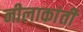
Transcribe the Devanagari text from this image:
नीलाकांती